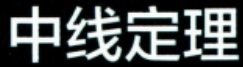
中线定理